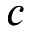
c